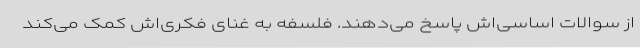
از سوالات اساسی‌اش پاسخ می‌دهند. فلسفه به غنای فکری‌اش کمک می‌کند